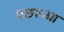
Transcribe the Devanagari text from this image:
पछरुआ